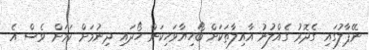
ނޭޕާލުގައި ގެދޮރު ގެއްލުނު އާއިލާތަކަށް ބޯހިޔާވަހިކަން ހޯދައި ދިނުމަށް ކަމަށް ވެސް އެ